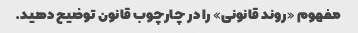
مفهوم «روند قانونی» را در چارچوب قانون توضیح دهید.